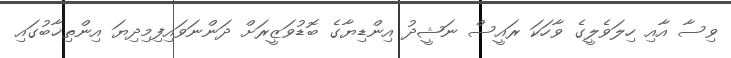
ވިސާ އާއި ހިލަވެލީގެ ވާހަކަ ރައީސް ނަޝީދު އިންޑިޔާގެ ބޮޑުވަޒީރަށް ދަންނަވައިފިމިދިޔަ އިންތިޚާބުގައި